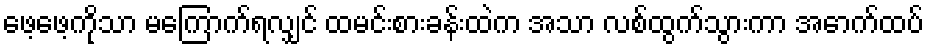
ဖေ့ဖေ့ကိုသာ မကြောက်ရလျှင် ထမင်းစားခန်းထဲက အသာ လစ်ထွက်သွားကာ အောက်ထပ်